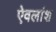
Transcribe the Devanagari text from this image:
ऐवलांश